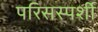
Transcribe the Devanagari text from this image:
परिसस्पर्शी